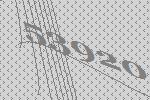
53920